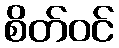
စိတ်ဝင်